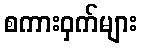
စကားဝှက်များ